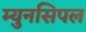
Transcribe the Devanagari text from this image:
म्युनसिपल